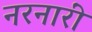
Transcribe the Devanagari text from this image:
नरनारीं